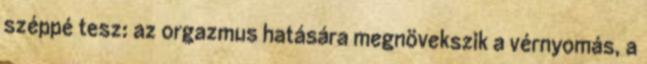
széppé tesz: az orgazmus hatására megnövekszik a vérnyomás, a